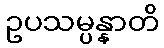
ဥပသမ္ပန္နာတိ